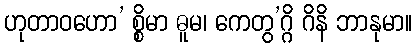
ဟုတာဝဟော’ စ္စိမာ ဓူမ၊ ကေတွ’ဂ္ဂိ ဂိနိ ဘာနုမာ။